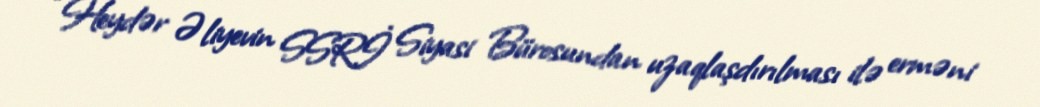
“Heydər Əliyevin SSRİ Siyasi Bürosundan uzaqlaşdırılması ilə erməni